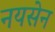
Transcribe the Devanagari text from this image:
नयसेन